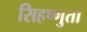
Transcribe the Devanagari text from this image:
सिहष्णुता